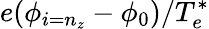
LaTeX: e(\phi_{i=n_{z}}-\phi_{0})/T_{e}^{*}